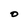
Character: O